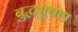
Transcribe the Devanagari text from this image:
बुद्धभुषण